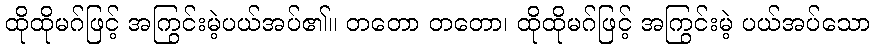
ထိုထိုမဂ်ဖြင့် အကြွင်းမဲ့ပယ်အပ်၏။ တတော တတော၊ ထိုထိုမဂ်ဖြင့် အကြွင်းမဲ့ ပယ်အပ်သော